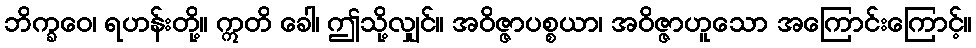
ဘိက္ခဝေ၊ ရဟန်းတို့။ ဣတိ ခေါ၊ ဤသို့လျှင်။ အဝိဇ္ဇာပစ္စယာ၊ အဝိဇ္ဇာဟူသော အကြောင်းကြောင့်။